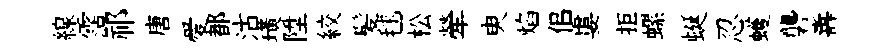
線霑祁唐愛都沽璜陞絞髪毬松犖㬰焰佀婁拒螺蜒忍蠖礱夀